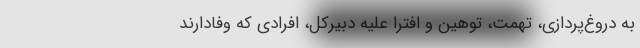
به دروغ‌پردازی، تهمت، توهین و افترا علیه دبیرکل، افرادی که وفادارند